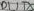
Text: D1 / TX